Indian journal of veterinary science and animal husbandry - Volumes 22-23, 1952-1953
Year: 1952
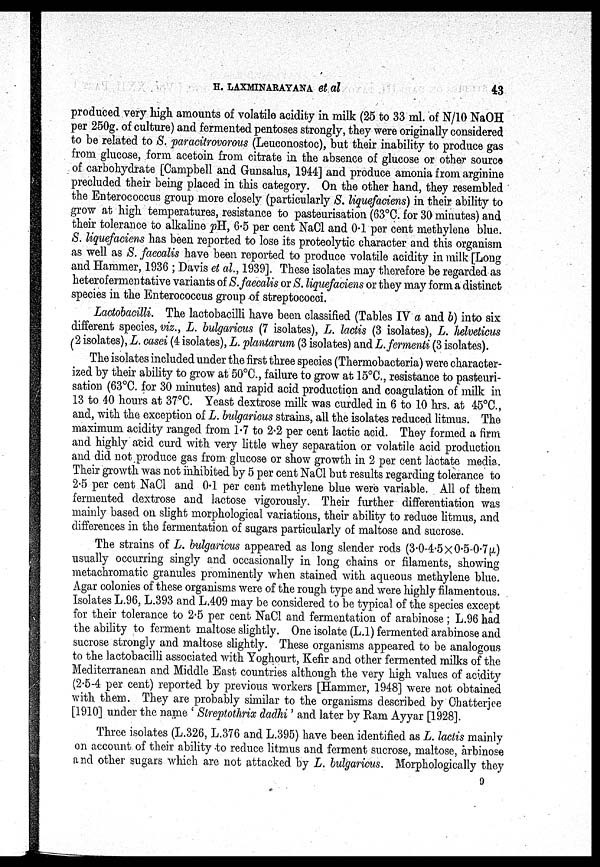
H. LAXMINARAYANA et al
43
produced very high amounts of volatile acidity in milk (25 to 33 ml. of N/10 NaOH
per 250g. of culture) and fermented pentoses strongly, they were originally considered
to be related to S. paracitrovorous (Leuconostoc), but their inability to produce gas
from glucose, form acetoin from citrate in the absence of glucose or other source
of carbohydrate [Campbell and Gunsalus, 1944] and produce amonia from arginine
precluded their being placed in this category. On the other hand, they resembled
the Enterococcus group more closely (particularly S. liquefaciens) in their ability to
grow at high temperatures, resistance to pasteurisation (63°C. for 30 minutes) and
their tolerance to alkaline pH, 6.5 per cent NaCl and 0.1 per cent methylene blue.
S. liquefaciens has been reported to lose its proteolytic character and this organism
as well as S. faecalis have been reported to produce volatile acidity in milk [Long
and Hammer, 1936; Davis et al., 1939]. These isolates may therefore be regarded as
heterofermentative variants of S. faecalis or S. liquefaciens or they may form a distinct
species in the Enterococcus group of streptococci.
Lactobacilli. The lactobacilli have been classified (Tables IV a and 6) into six
different species, viz., L. bulgaricus (7 isolates), L. lactis (3 isolates), L. helveticus
(2 isolates), L. casei (4 isolates), L. plantarum (3 isolates) and L. fermenti (3 isolates).
The isolates included under the first three species (Thermobacteria) were character-
ized by their ability to grow at 50°C., failure to grow at 15°C., resistance to pasteuri-
sation (63°C. for 30 minutes) and rapid acid production and coagulation of milk in
13 to 40 hours at 37°C. Yeast dextrose milk was curdled in 6 to 10 hrs. at 45°C.,
and, with the exception of L. bulgaricus strains, all the isolates reduced litmus. The
maximum acidity ranged from 1.7 to 2.2 per cent lactic acid. They formed a firm
and highly acid curd with very little whey separation or volatile acid production
and did not produce gas from glucose or show growth in 2 per cent lactate media.
Their growth was not inhibited by 5 per cent NaCl but results regarding tolerance to
2.5 per cent NaCl and 0.1 per cent methylene blue were variable. All of them
fermented dextrose and lactose vigorously. Their further differentiation was
mainly based on slight morphological variations, their ability to reduce litmus, and
differences in the fermentation of sugars particularly of maltose and sucrose.
The strains of L. bulgaricus appeared as long slender rods (3.0-4.5X0.5-0.7µ)
usually occurring singly and occasionally in long chains or filaments, showing
metachromatic granules prominently when stained with aqueous methylene blue.
Agar colonies of these organisms were of the rough type and were highly filamentous.
Isolates L.96, L.393 and L.409 may be considered to be typical of the species except
for their tolerance to 2.5 per cent NaCl and fermentation of arabinose; L.96 had
the ability to ferment maltose slightly. One isolate (L.1) fermented arabinose and
sucrose strongly and maltose slightly. These organisms appeared to be analogous
to the lactobacilli associated with Yoghourt, Kefir and other fermented milks of the
Mediterranean and Middle East countries although the very high values of acidity
(2.5-4 per cent) reported by previous workers [Hammer, 1948] were not obtained
with them. They are probably similar to the organisms described by Chatterjee
[1910] under the name 'Streptothrix dadhi' and later by Ram Ayyar [1928].
Three isolates (L.326, L.376 and L.395) have been identified as L. lactis mainly
on account of their ability to reduce litmus and ferment sucrose, maltose, arbinose
and other sugars which are not attacked by L. bulgaricus. Morphologically they
9